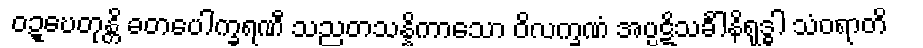
ဝဍ္ဎေတုန္တိ ခတပေါက္ခရဏီ သညတသန္နိကာသော ဝိလက္ခဏံ အပ္ပဋိသင်္ခါနိရုဒ္ဓါ သံဝရာတိ